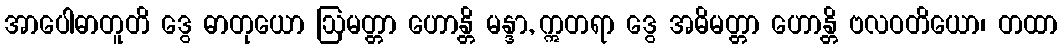
အာပေါဓာတူတိ ဒွေ ဓာတုယော ဩမတ္တာ ဟောန္တိ မန္ဒာ, ဣတရာ ဒွေ အဓိမတ္တာ ဟောန္တိ ဗလဝတိယော၊ တထာ